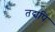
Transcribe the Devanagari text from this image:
तद्यपि